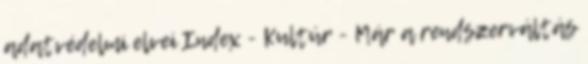
adatvédelmi elvei Index - Kultúr - Már a rendszerváltás